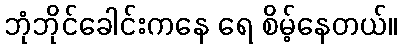
ဘုံဘိုင်ခေါင်းကနေ ရေ စိမ့်နေတယ်။